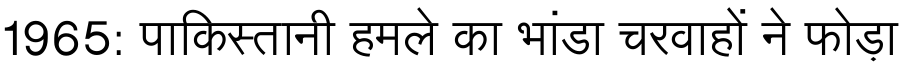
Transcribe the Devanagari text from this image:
1965: पाकिस्तानी हमले का भांडा चरवाहों ने फोड़ा